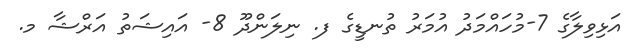
އަޅިވިލާގެ 7-މުހައްމަދު އުމަރު ތުނޑީގެ ފ. ނިލަންދޫ 8- އައިޝަތު އަރްޝާ މ.